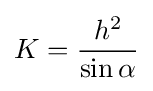
K={\frac {h^{2}}{\sin \alpha }}